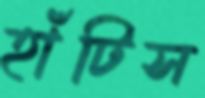
হাঁটিস